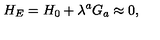
H _ { E } = H _ { 0 } + \lambda ^ { a } G _ { a } \approx 0 ,